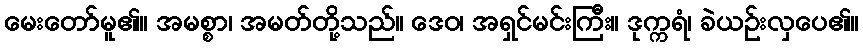
မေးတော်မူ၏။ အမစ္စာ၊ အမတ်တို့သည်။ ဒေဝ၊ အရှင်မင်းကြီး။ ဒုက္ကရံ၊ ခဲယဉ်းလှပေ၏။